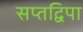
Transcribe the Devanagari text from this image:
सप्तद्विपा